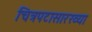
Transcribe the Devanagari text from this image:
चित्रपटासारख्या